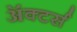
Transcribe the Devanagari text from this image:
ॲक्टर्स